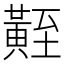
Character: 𪏀